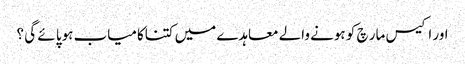
اور اکیس مار چ کو ہونے والے معاہدے میں کتناکامیاب ہوپا ئے گی ؟